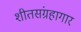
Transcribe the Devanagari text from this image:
शीतसंग्रहागार